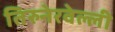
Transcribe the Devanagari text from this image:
तिरुनेरवेल्ली